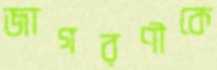
জাগরণীকে